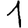
Digit: 1